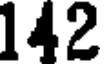
142